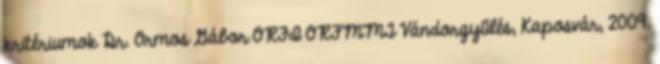
kritériumok Dr. Ormos Gábor ORFI ORFMMT Vándorgyűlés, Kaposvár, 2009.